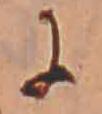
に